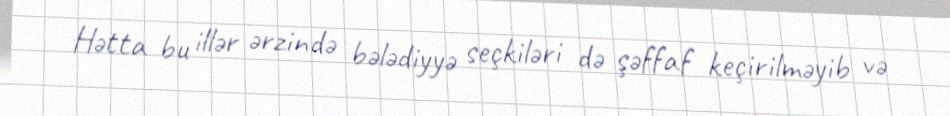
Hətta bu illər ərzində bələdiyyə seçkiləri də şəffaf keçirilməyib və